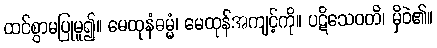
ထင်စွာမပြုမူ၍။ မေထုနံဓမ္မံ၊ မေထုန်အကျင့်ကို။ ပဋိသေဝတိ၊ မှိဝဲ၏။